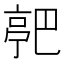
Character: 𬽗